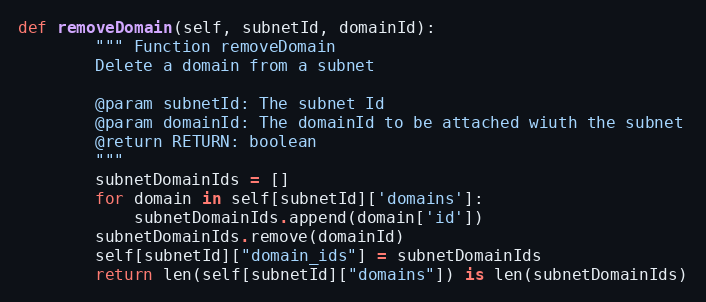
Language: Python
def removeDomain(self, subnetId, domainId):
        """ Function removeDomain
        Delete a domain from a subnet

        @param subnetId: The subnet Id
        @param domainId: The domainId to be attached wiuth the subnet
        @return RETURN: boolean
        """
        subnetDomainIds = []
        for domain in self[subnetId]['domains']:
            subnetDomainIds.append(domain['id'])
        subnetDomainIds.remove(domainId)
        self[subnetId]["domain_ids"] = subnetDomainIds
        return len(self[subnetId]["domains"]) is len(subnetDomainIds)